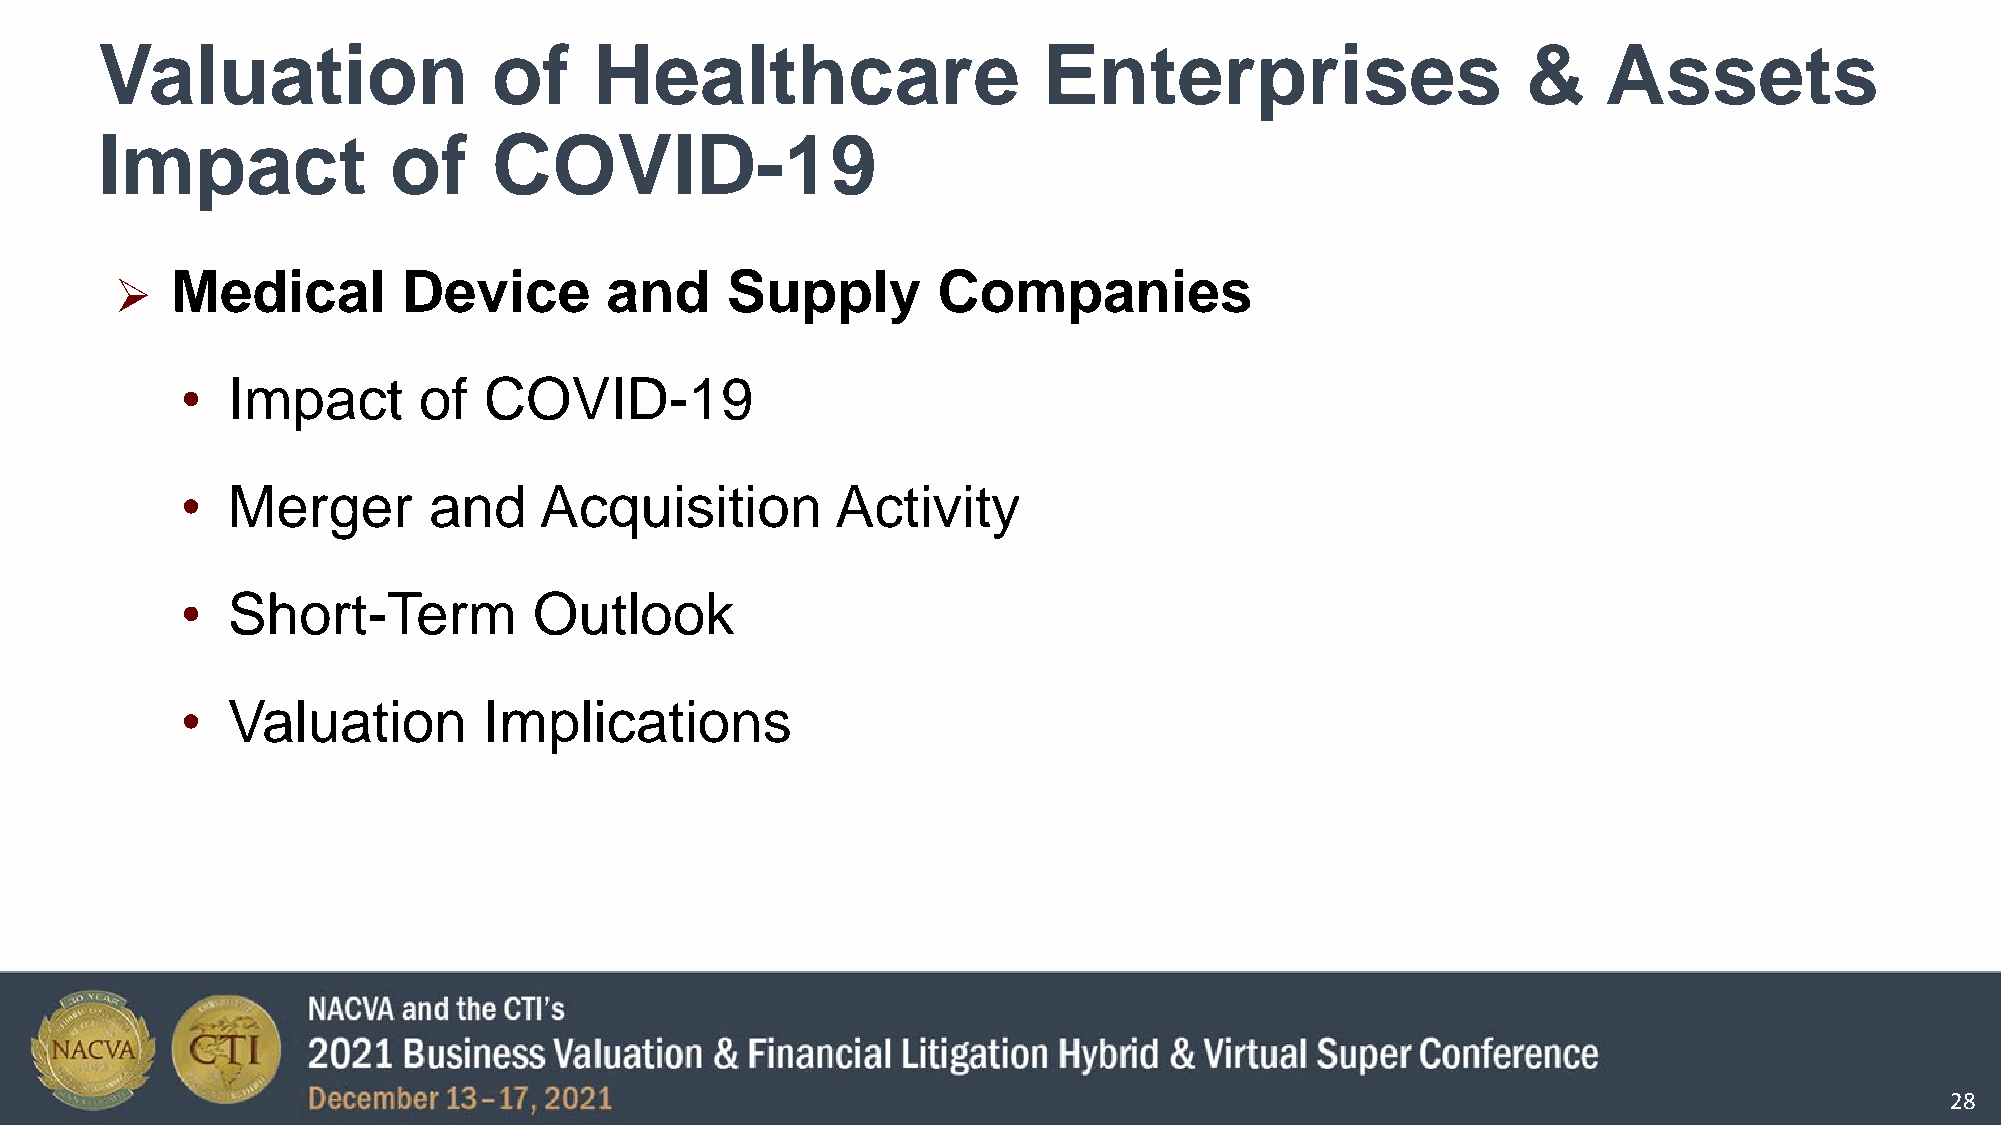
Valuation                  of    Healthcare                    Enterprises                     &    Assets
 Impact              of     COVID-19
 Medical         Device       and     Supply        Companies
 
 •  Impact       of  COVID-19
 •  Merger       and     Acquisition        Activity
 •  Short-Term          Outlook
 •  Valuation        Implications
 28